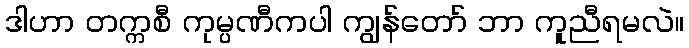
ဒါဟာ တက္ကစီ ကုမ္ပဏီကပါ ကျွန်တော် ဘာ ကူညီရမလဲ။